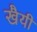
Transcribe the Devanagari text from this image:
खैयी